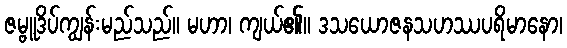
ဇမ္ဗူဒိပ်ကျွန်းမည်သည်။ မဟာ၊ ကျယ်၏။ ဒသယောဇနသဟဿပရိမာနော၊